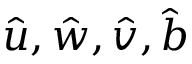
\hat { u } , \hat { w } , \hat { v } , \hat { b }